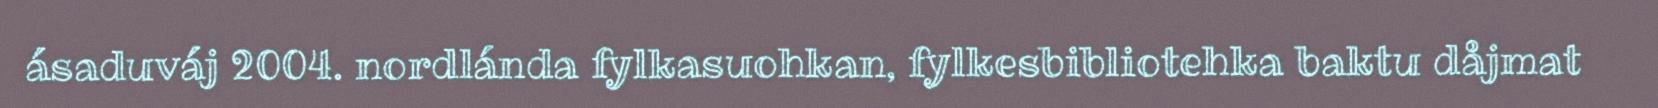
ásaduváj 2004. nordlánda fylkasuohkan, fylkesbibliotehka baktu dåjmat